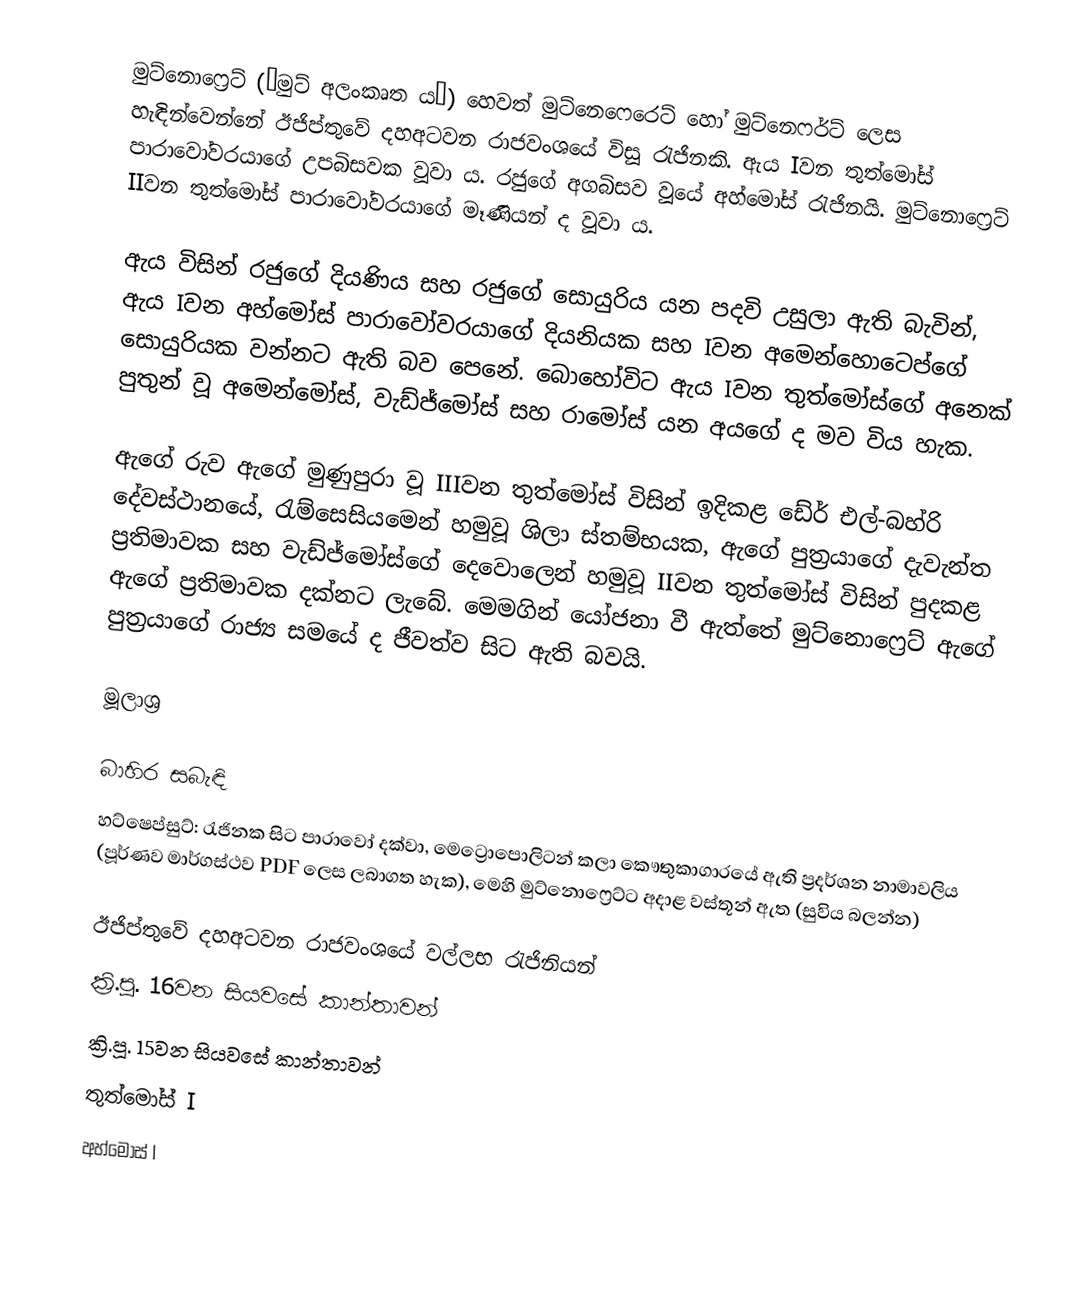
මුට්නොෆ්‍රෙට් (“මුට් අලංකෘත ය”) හෙවත් මුට්නෙෆෙරෙට් හෝ මුට්නෙෆර්ට් ලෙස හැඳින්වෙන්නේ ඊජිප්තුවේ දහඅටවන රාජවංශයේ විසූ රැජිනකි. ඇය Iවන තුත්මෝස් පාරාවෝවරයාගේ උපබිසවක වූවා ය. රජුගේ අගබිසව වූයේ අහ්මෝස් රැජිනයි. මුට්නොෆ්‍රෙට් IIවන තුත්මෝස් පාරාවෝවරයාගේ මෑණියන් ද වූවා ය.

ඇය විසින් රජුගේ දියණිය සහ රජුගේ සොයුරිය යන පදවි උසුලා ඇති බැවින්, ඇය Iවන අහ්මෝස් පාරාවෝවරයාගේ දියනියක සහ Iවන අමෙන්හොටෙප්ගේ සොයුරියක වන්නට ඇති බව පෙනේ. බොහෝවිට ඇය Iවන තුත්මෝස්ගේ අනෙක් පුතුන් වූ අමෙන්මෝස්, වැඩ්ජ්මෝස් සහ රාමෝස් යන අයගේ ද මව විය හැක.

ඇගේ රුව ඇගේ මුණුපුරා වූ IIIවන තුත්මෝස් විසින් ඉදිකළ ඩේර් එල්-බහ්රි දේවස්ථානයේ, රැම්සෙසියමෙන් හමුවූ ශිලා ස්තම්භයක, ඇ‍ගේ පුත්‍රයාගේ දැවැන්ත ප්‍රතිමාවක සහ වැඩ්ජ්මෝස්ගේ දෙවොලෙන් හමුවූ IIවන තුත්මෝස්‍ විසින් පුදකළ ඇගේ ප්‍රතිමාවක දක්නට ලැබේ. මෙමගින් යෝජනා වී ඇත්තේ මුට්නොෆ්‍රෙට් ඇගේ පුත්‍රයාගේ රාජ්‍ය සමයේ ද ජීවත්ව සිට ඇති බවයි.

මූලාශ්‍ර

බාහිර සබැඳි
හට්ෂෙප්සුට්: රැජිනක සිට පාරාවෝ දක්වා, මෙට්‍රොපොලිටන් කලා කෞතුකාගාරයේ ඇති ප්‍රදර්ශන නාමාවලිය (පූර්ණව මාර්ගස්ථව PDF ලෙස ලබාගත හැක), මෙහි මුට්නොෆ්‍රෙට්ට අදාළ වස්තූන් ඇත (සුවිය බලන්න)

ඊජිප්තුවේ දහඅටවන රාජවංශයේ වල්ලභ රැජිනියන්
ක්‍රි.පූ. 16වන සියවසේ කාන්තාවන්
ක්‍රි.පූ. 15වන සියවසේ කාන්තාවන්
තුත්මෝස් I
අහ්මෝස් I